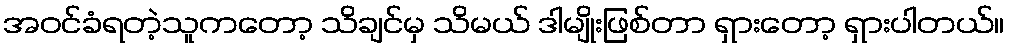
အဝင်ခံရတဲ့သူကတော့ သိချင်မှ သိမယ် ဒါမျိုးဖြစ်တာ ရှားတော့ ရှားပါတယ်။